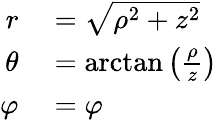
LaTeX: \begin{array}{rl}{r}&{{}={\sqrt{\rho^{2}+z^{2}}}}\\ {\theta}&{{}=\arctan\left({\frac{\rho}{z}}\right)}\\ {\varphi}&{{}=\varphi}\end{array}